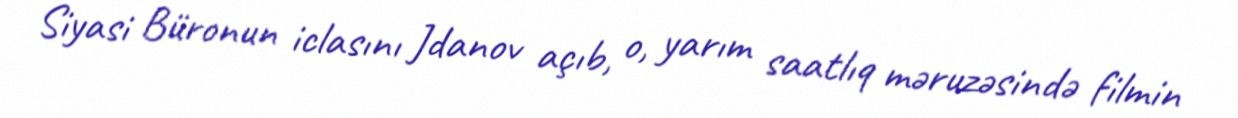
Siyasi Büronun iclasını Jdanov açıb, o, yarım saatlıq məruzəsində filmin